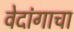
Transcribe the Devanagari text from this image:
वेदांगाचा